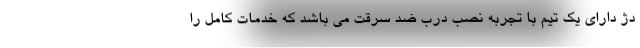
دژ دارای یک تیم با تجربه نصب درب ضد سرقت می باشد که خدمات کامل را